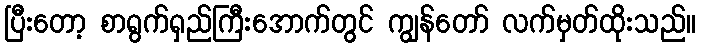
ပြီးတော့ စာရွက်ရှည်ကြီးအောက်တွင် ကျွန်တော် လက်မှတ်ထိုးသည်။